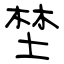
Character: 埜